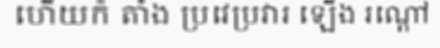
ហើយក៏ តាំង ប្រវេប្រវារ ឡើង រណ្តៅ